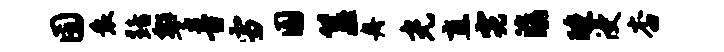
囿衰黯警音雪圜簋舟光直霓滇醺浸杏